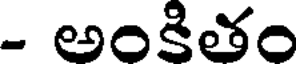
- అంకితం